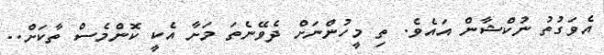
އެވަގުތު ނުކްޝާން އައެވެ. ތި މީހުންނަށް ދެވޭނެތަ މަށާ އެކީ ކޮންމެސް ތާކަށް..